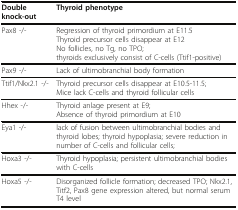
<table><thead><tr><td><b>Double knock-out</b></td><td><b>Thyroid phenotype</b></td></tr></thead><tbody><tr><td>Pax8 -/-</td><td>Regression of thyroid primordium at E11.5Thyroid precursor cells disappear at E12No follicles, no Tg, no TPO;thyroids exclusively consist of C-cells (Ttif1-positive)</td></tr><tr><td>Pax9 -/-</td><td>Lack of ultimobranchial body formation</td></tr><tr><td>Ttif1/Nkx2.1 -/-</td><td>Thyroid precursor cells disappear at E10.5-11.5;Mice lack C-cells and thyroid follicular cells</td></tr><tr><td>Hhex -/-</td><td>Thyroid anlage present at E9;Absence of thyroid primordium at E10</td></tr><tr><td>Eya1 -/-</td><td>lack of fusion between ultimobranchial bodies and thyroid lobes; thyroid hypoplasia; severe reduction in number of C-cells and follicular cells;</td></tr><tr><td>Hoxa3 -/-</td><td>Thyroid hypoplasia; persistent ultimobranchial bodies with C-cells</td></tr><tr><td>Hoxa5 -/-</td><td>Disorganized follicle formation; decreased TPO; Nkx2.1, Titf2, Pax8 gene expression altered, but normal serum T4 level</td></tr></tbody></table>